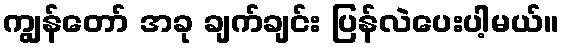
ကျွန်တော် အခု ချက်ချင်း ပြန်လဲပေးပါ့မယ်။